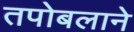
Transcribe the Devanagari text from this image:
तपोबलाने